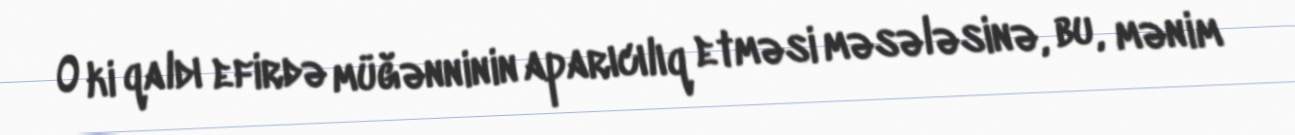
O ki qaldı efirdə müğənninin aparıcılıq etməsi məsələsinə, bu, mənim